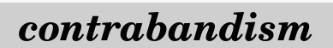
contrabandism